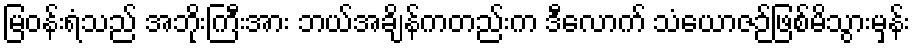
မြဝန်းရံသည် အဘိုးကြီးအား ဘယ်အချိန်ကတည်းက ဒီလောက် သံယောဇဉ်ဖြစ်မိသွားမှန်း